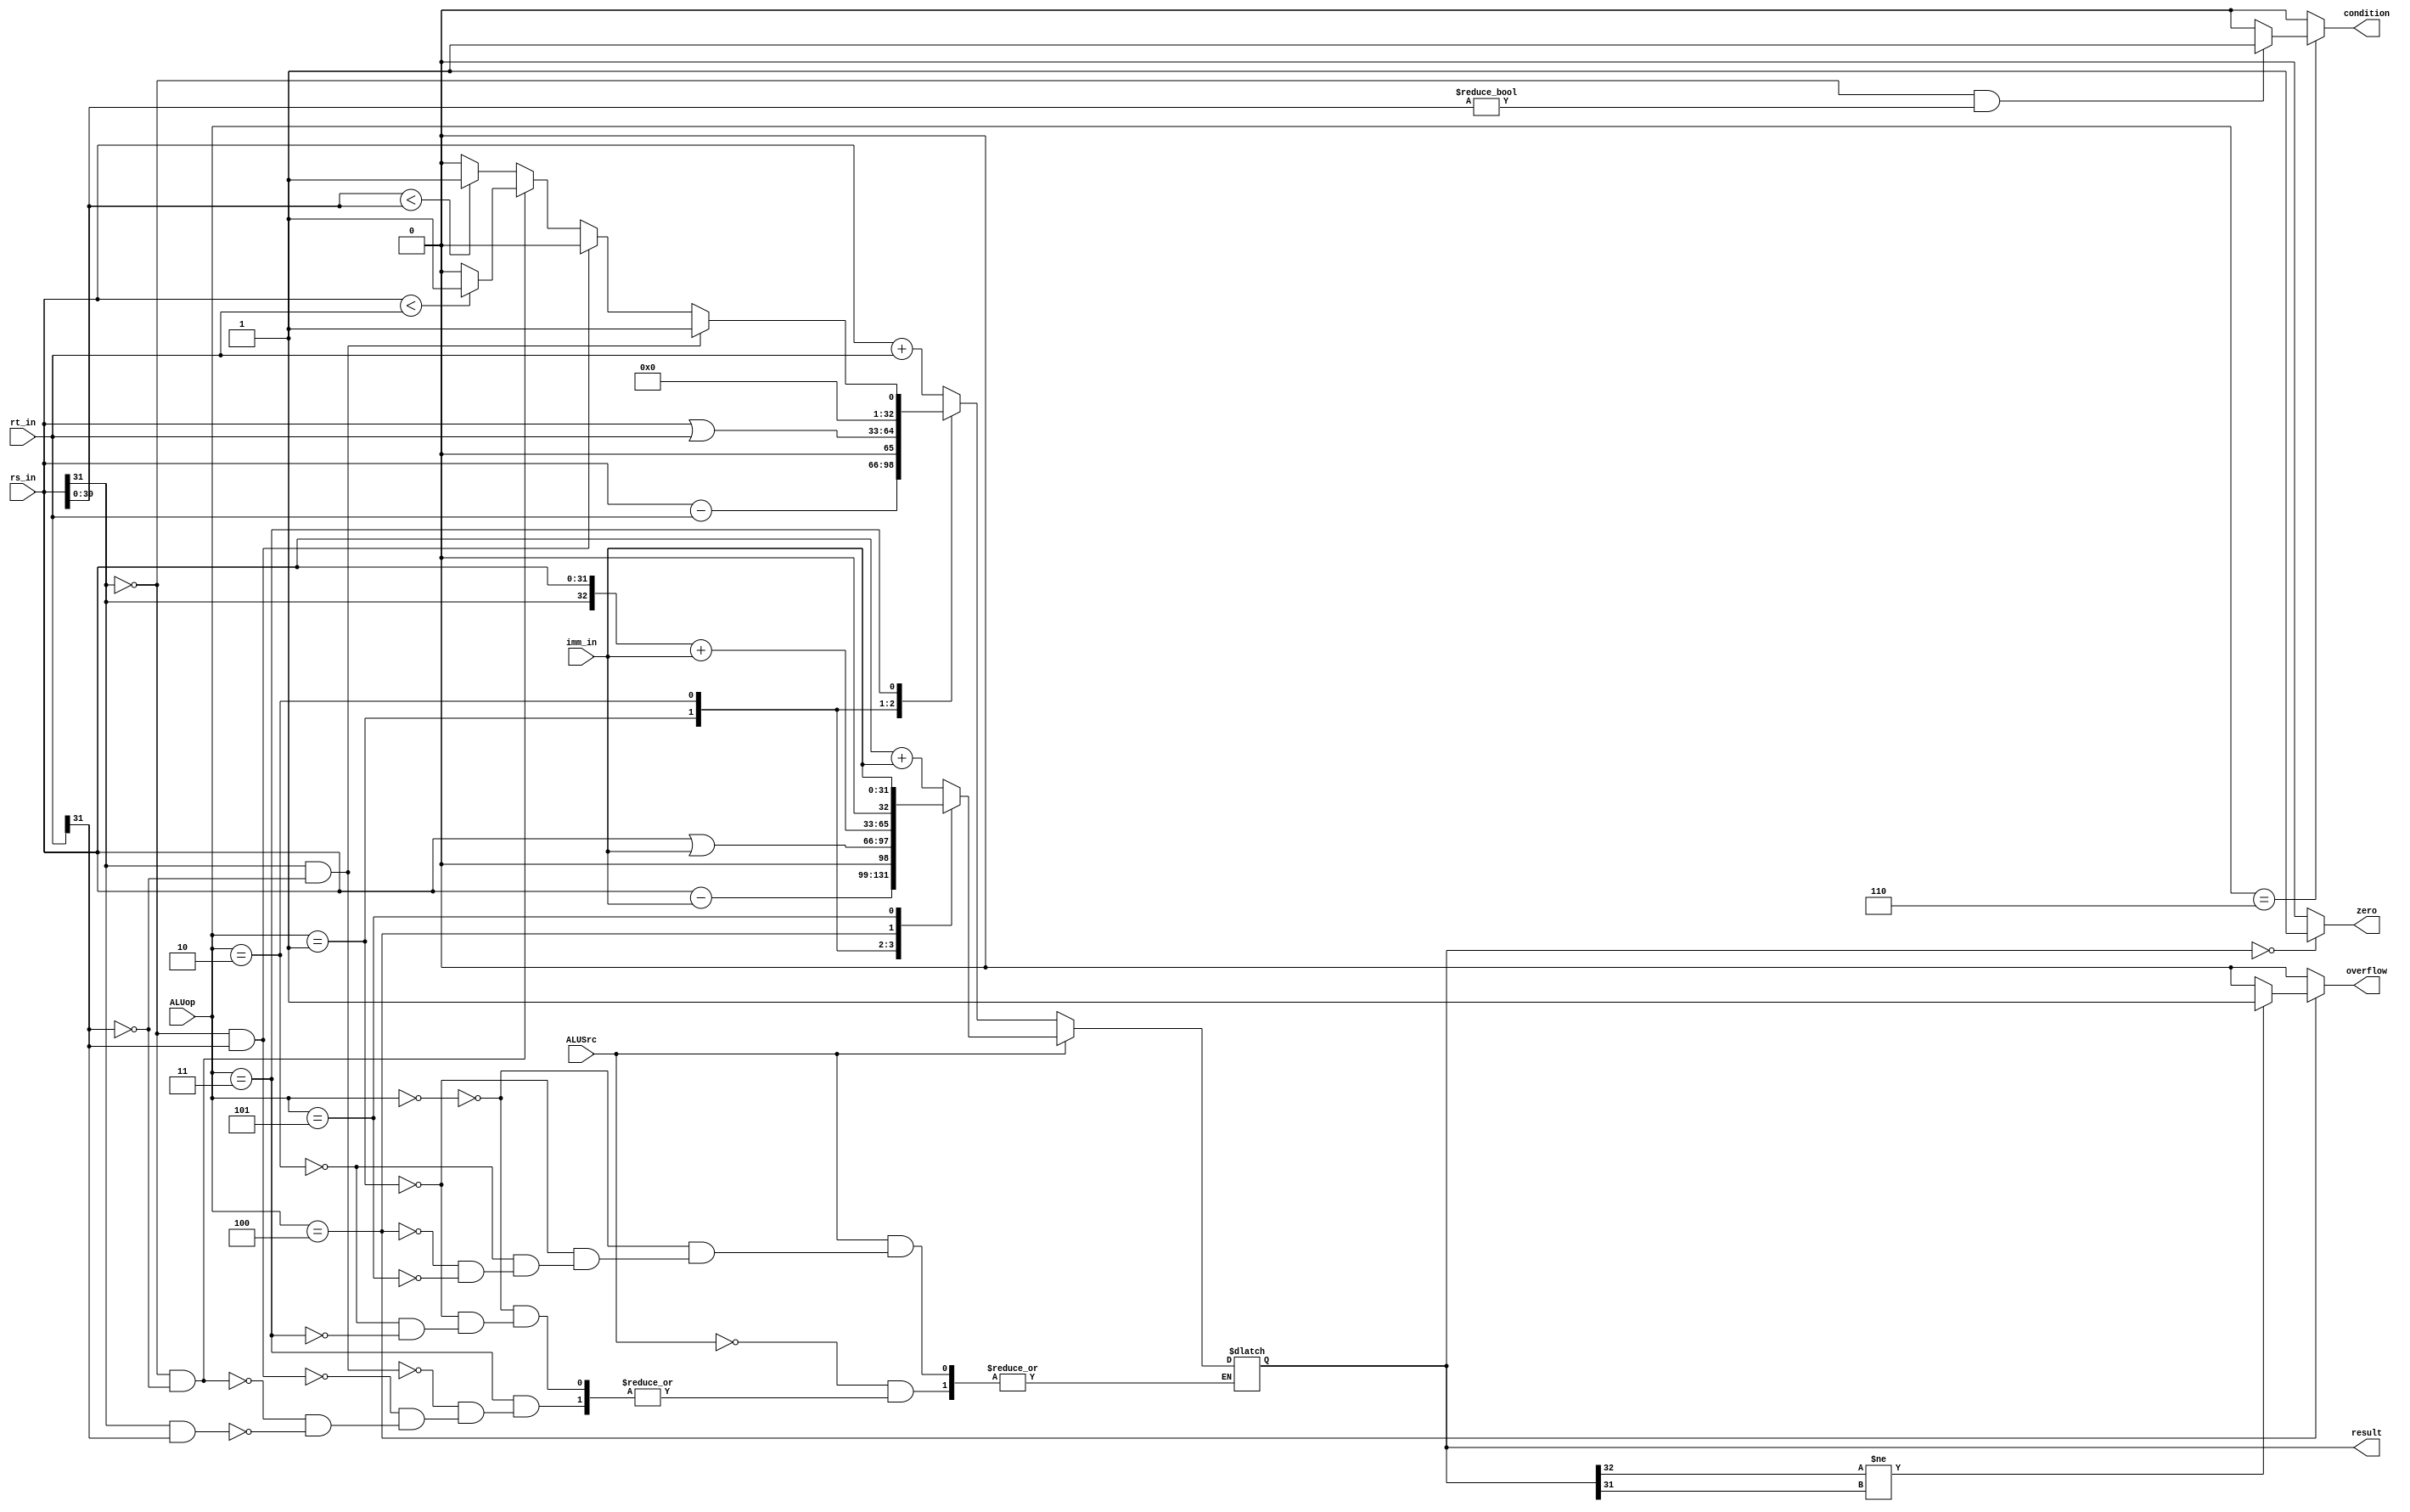
module ALU_20090121(
    input ALUSrc,
    input [2:0]ALUop,
    input [31:0]rs_in,rt_in,imm_in,
    output overflow,zero,condition,
    output reg [32:0]result
    );

    always@(*)
    begin
        case(ALUSrc)  
            1'b0:       //与rt运算
            begin
                case(ALUop)
                    3'b000: result<=rs_in + rt_in;    
                    3'b001: result<=rs_in - rt_in;
                    3'b010: result<=rs_in | rt_in;
                    3'b011: begin
                                if(rs_in[31]==1 && rt_in[31]==0 )     result<=1;
                                else if(rs_in[31]==0 && rt_in[31]==1) result<=0;
                                else if(rs_in[31]==0 && rt_in[31]==0) result<=(rs_in<rt_in)?1:0;
                                else if(rs_in[31]==1 && rt_in[31]==1) result<=(rs_in[30:0]<rs_in[30:0])?1:0;
                            end          
                endcase
            end
            1'b1:  //与立即数运算
            begin
                case(ALUop)
                    3'b000: result<=rs_in + imm_in;
                    3'b001: result<=rs_in - imm_in;
                    3'b010: result<=rs_in | imm_in;
                    3'b100: result<={rs_in[31],rs_in[31:0]}+imm_in;
                    3'b101: result<=imm_in; 
                endcase
            end
        endcase
    end

    assign zero=(result==0)?1:0;
    assign overflow=(ALUop==3'b100)?( (result[32]!=result[31])?1:0 ):0;
    assign condition = (ALUop==3'b110)?( (rs_in[31]==0 && rs_in[30:0]!=0 )?1:0 ):0;

endmodule